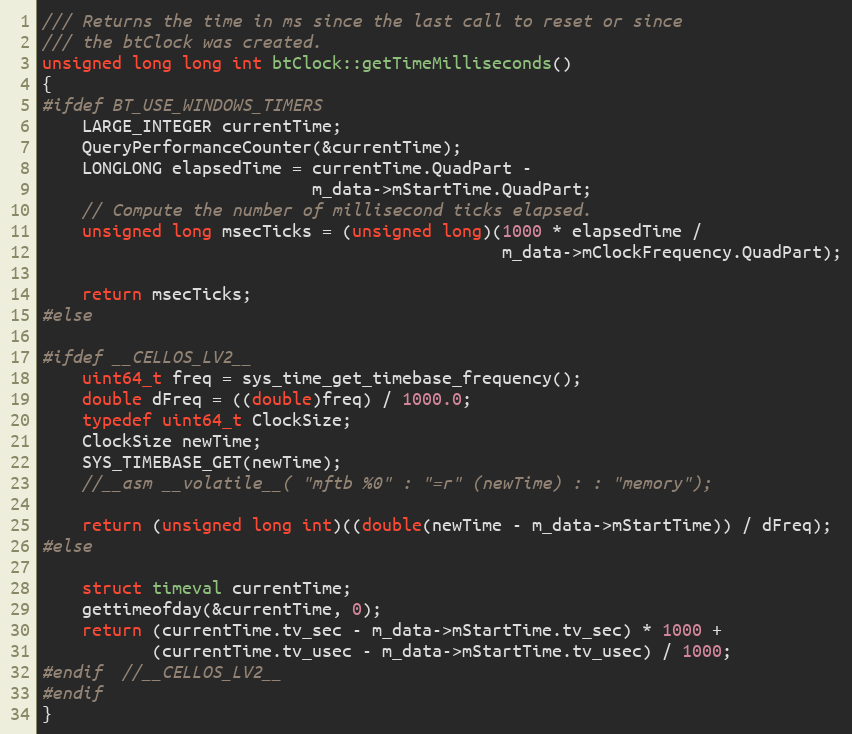
Language: C++
/// Returns the time in ms since the last call to reset or since
/// the btClock was created.
unsigned long long int btClock::getTimeMilliseconds()
{
#ifdef BT_USE_WINDOWS_TIMERS
	LARGE_INTEGER currentTime;
	QueryPerformanceCounter(&currentTime);
	LONGLONG elapsedTime = currentTime.QuadPart -
						   m_data->mStartTime.QuadPart;
	// Compute the number of millisecond ticks elapsed.
	unsigned long msecTicks = (unsigned long)(1000 * elapsedTime /
											  m_data->mClockFrequency.QuadPart);

	return msecTicks;
#else

#ifdef __CELLOS_LV2__
	uint64_t freq = sys_time_get_timebase_frequency();
	double dFreq = ((double)freq) / 1000.0;
	typedef uint64_t ClockSize;
	ClockSize newTime;
	SYS_TIMEBASE_GET(newTime);
	//__asm __volatile__( "mftb %0" : "=r" (newTime) : : "memory");

	return (unsigned long int)((double(newTime - m_data->mStartTime)) / dFreq);
#else

	struct timeval currentTime;
	gettimeofday(&currentTime, 0);
	return (currentTime.tv_sec - m_data->mStartTime.tv_sec) * 1000 +
		   (currentTime.tv_usec - m_data->mStartTime.tv_usec) / 1000;
#endif  //__CELLOS_LV2__
#endif
}